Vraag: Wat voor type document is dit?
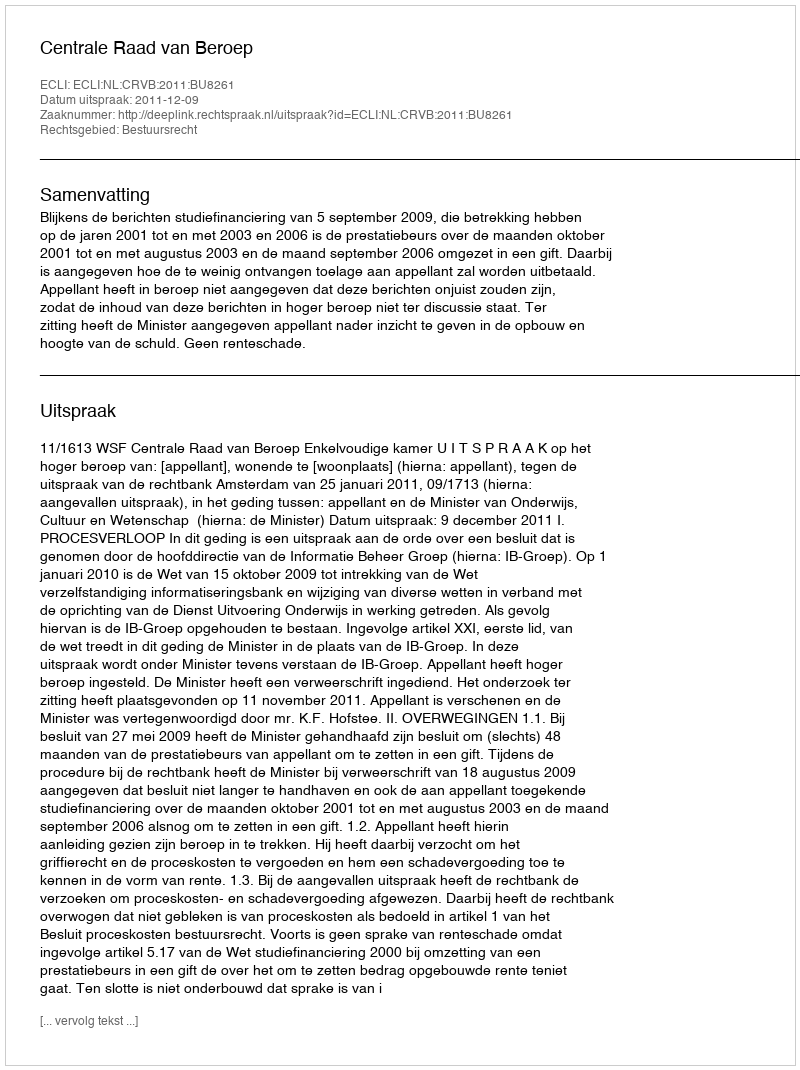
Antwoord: Uitspraak